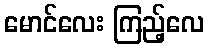
မောင်လေး ကြည့်လေ